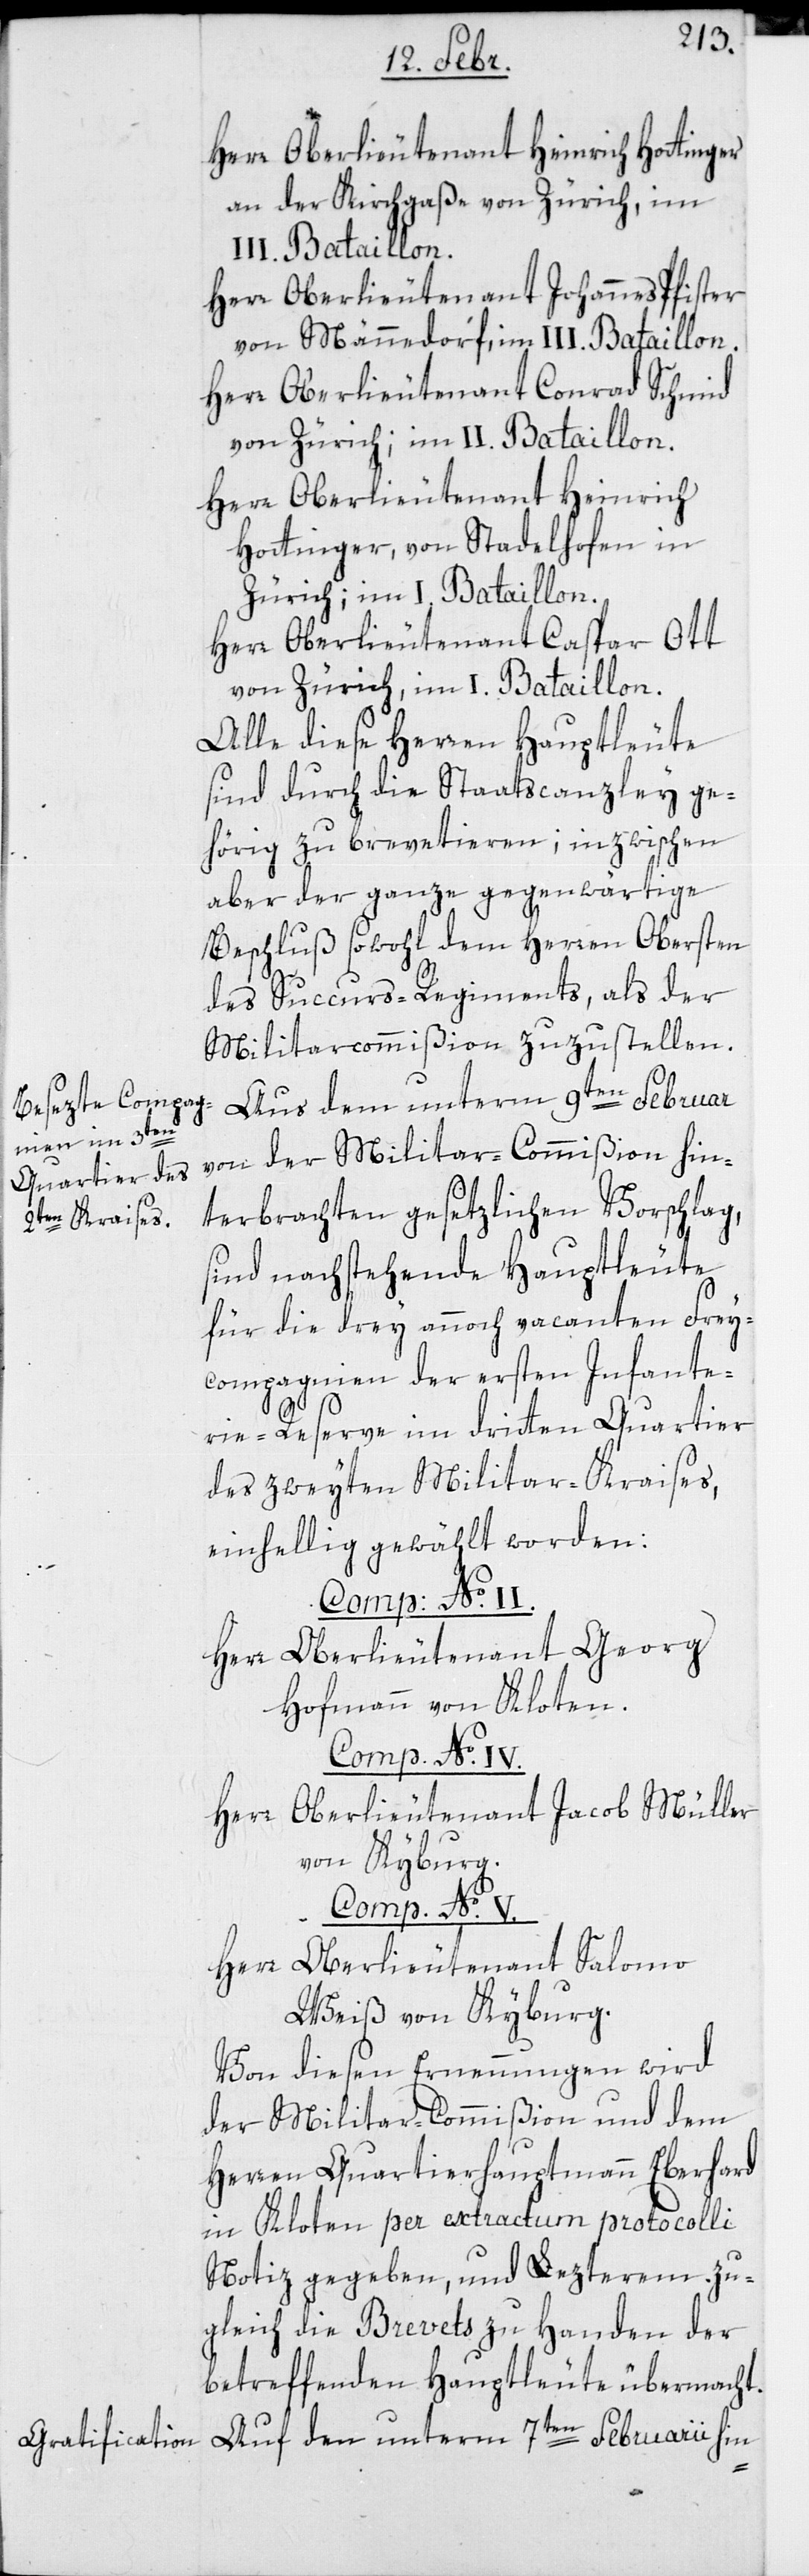
Herr Oberlieutenant Heinrich Hottinger,
an der Kirchgaße von Zürich, im
III. Bataillon.
Herr Oberlieutenant Johannes Pfister
von Männedorf, im III. Bataillon.
Herr Oberlieutenant Conrad Schmid
von Zürich, im II. Bataillon.
Herr Oberlieutenant Heinrich
Hottinger von Stadelhofen in
Zürich; im I. Bataillon.
Herr Oberlieutenant Caspar Ott
von Zürich, im I. Bataillon.
Alle diese Herren Hauptleute
sind durch die Staatscanzley ge¬
hörig zu brevetieren; inzwischen
aber der ganze gegenwärtige
Beschluß sowohl dem Herren Obersten
des Succurs-Regiments, als der
Militarcommißion zuzustellen.
Aus dem unterm 9ten Februar
von der Militar-Commißion hin¬
terbrachten gesetzlichen Vorschlag,
sind nachstehende Hauptleute
für die drey annoch vacanten Frey¬
compagnien der ersten Infante¬
rie-Reserve im dritten Quartier
des zweyten Militar-Kraises
einhellig gewählt worden:
Compagnie №
Herr Oberlieutenant Georg
Hofmann von Kloten.
Compagnie № IV.
Herr Oberlieutenant Jacob Müller
von Kyburg.
Compagnie № V.
Herr Oberlieutenant Salomo
Weiß von Kyburg.
Von diesen Ernennungen wird
der Militar-Commißion und dem
Herren Quartierhauptmann Eberhard
in Kloten per extractum protocolli
Notiz gegeben, und Lezterem zu¬
gleich die Brevets zu Handen der
betreffenden Hauptleute übermacht.
Auf den unterm 7ten Februarii hin-